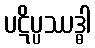
ပဋိပ္ပဿဒ္ဓါ